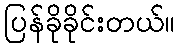
ပြန်ခိုခိုင်းတယ်။